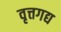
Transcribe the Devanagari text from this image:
वृत्तगद्य